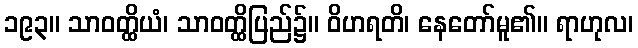
၁၉၃။ သာဝတ္ထိယံ၊ သာဝတ္ထိပြည်၌။ ဝိဟရတိ၊ နေတော်မူ၏။ ရာဟုလ၊